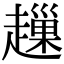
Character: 䟁